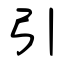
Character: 引